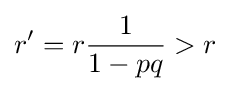
r'=r{\frac {1}{1-pq}}>r